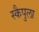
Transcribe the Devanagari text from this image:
स्कैपुला